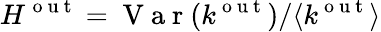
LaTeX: H^{\mathrm{~o~u~t~}}=\mathrm{~V~a~r~}(k^{\mathrm{~o~u~t~}})/\langle k^{\mathrm{~o~u~t~}}\rangle